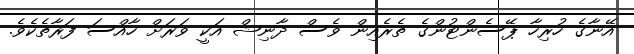
އޭނާގެ ހުރިހާ ޕޭސެންޓުންގެ ތެރެއިން ވެސް ދާނިޝް އަކީ ވަރަށް ހާއްސަ ފަރާތެކެވެ.